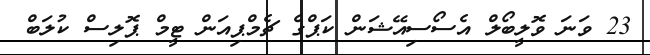
23 ވަނަ ވޮލީބޯލް އެސޯސިއޭޝަން ކަޕްގެ ޗެމްޕިއަން ޓީމް ޕޮލިސް ކުލަބް